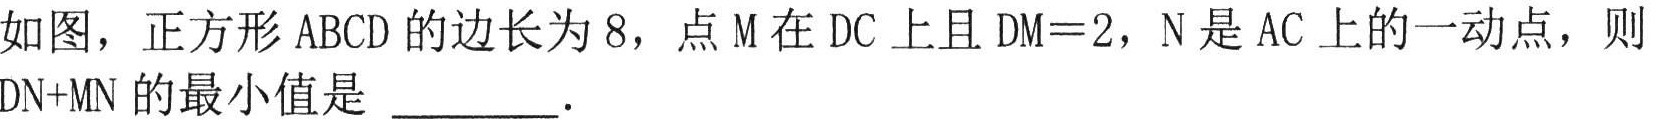
如图，正方形\(ABCD\)的边长为\(8\)，点\(M\)在\(DC\)上且\(DM = 2\)，\(N\)是\(AC\)上的一动点，则\(DN + MN\)的最小值是 \_\_\_\_\_．